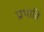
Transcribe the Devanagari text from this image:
प्रभावि